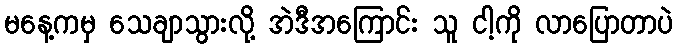
မနေ့ကမှ သေချာသွားလို့ အဲဒီအကြောင်း သူ ငါ့ကို လာပြောတာပဲ